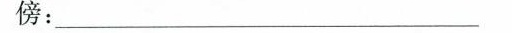
傍：___